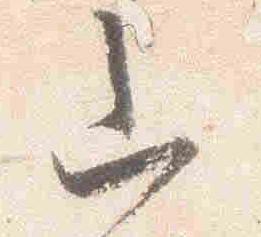
山